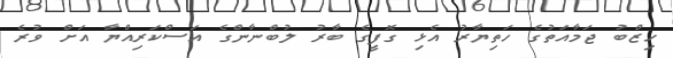
ހިޒްބު ޖަމާއަތުގެ ހަތިޔާރު އެޅި ގޮފީގެ ބާރު ލުބްނާންގެ އަސްކަރިއްޔާ އަށް ވުރެ